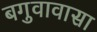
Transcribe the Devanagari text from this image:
बगुवावासा